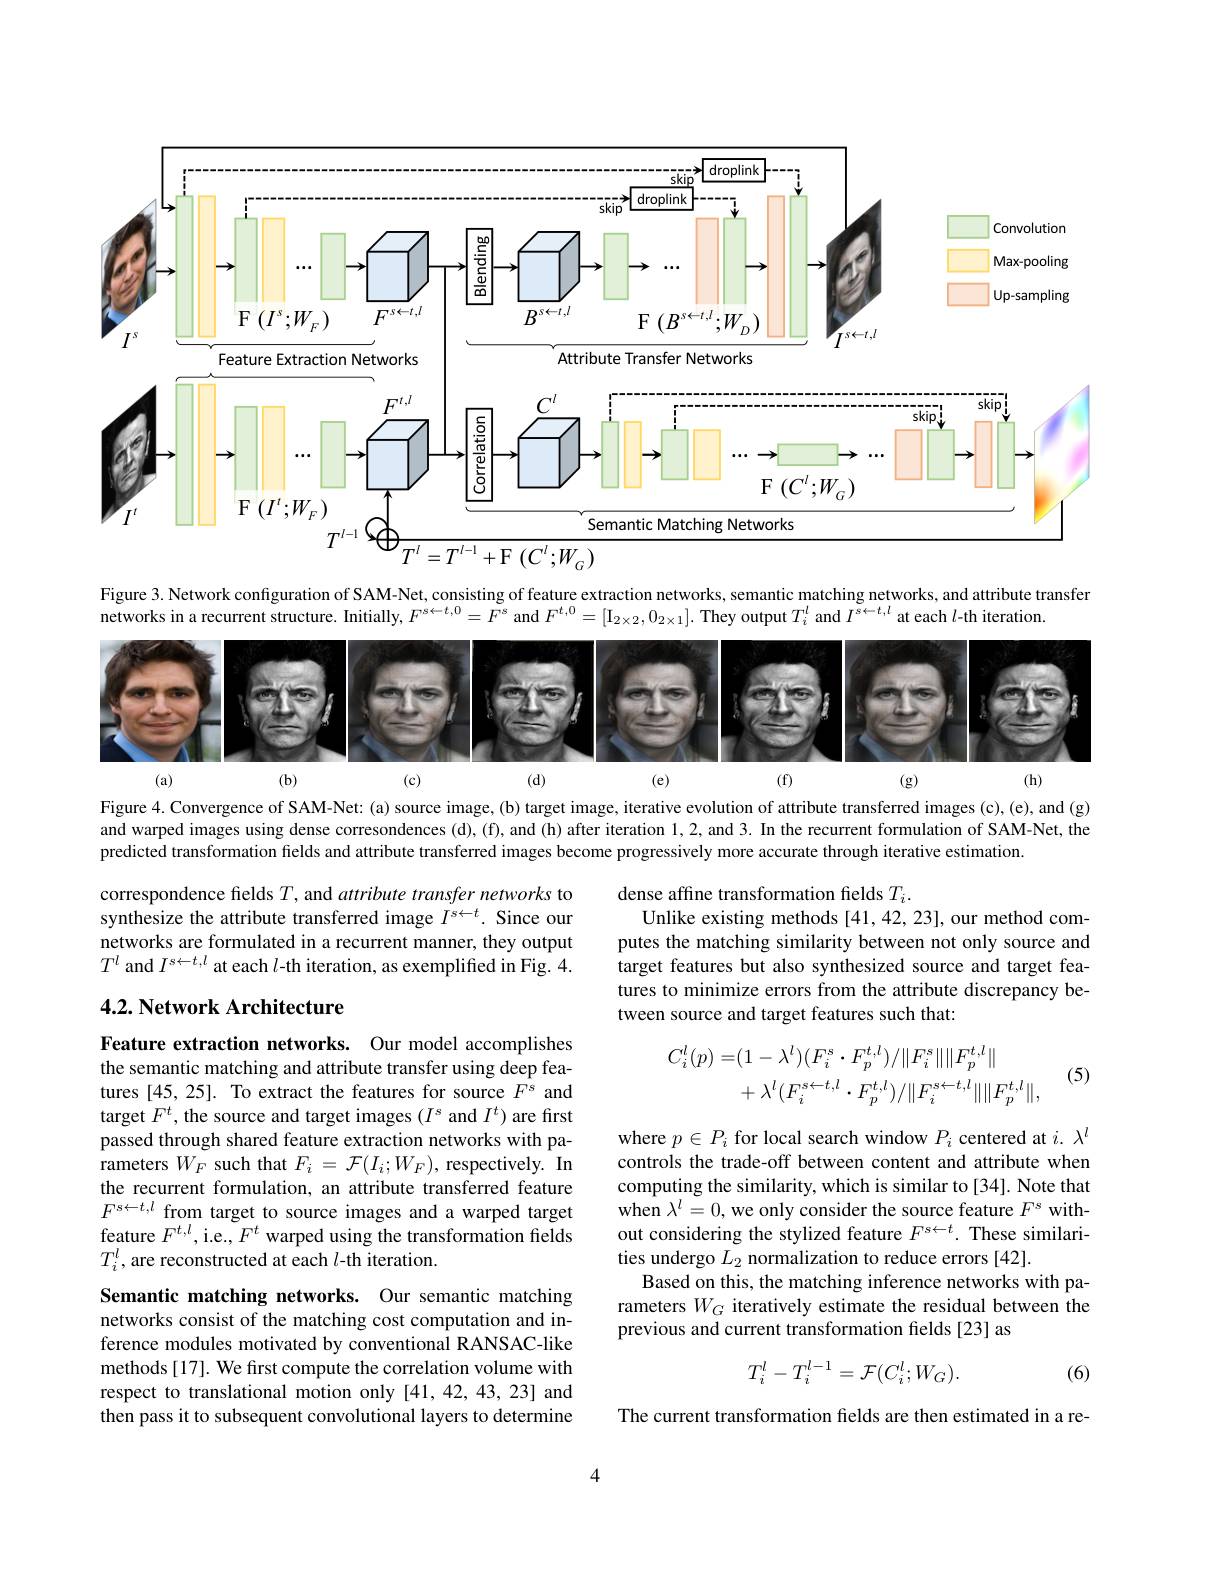
<FigureHere>

Figure 3. Network configuration of SAM-Net, consisting of feature extraction networks, semantic matching networks, and attribute transfer

networks in a recurrent structure. Initially, $F^{s\leftarrow t,0}=F^{s}$ and $F^{t,0}=[\mathrm{I}_{2\times2},0_{2\times1}].$ They output $T_i^l$ and $I^{s\leftarrow t,l}$ at each $l$-th iteration

<FigureHere>

Figure 4. Convergence of SAM-Net: (a) source image, (b) target image, iterative evolution of attribute transferred images (c),(e), and (g) and warped images using dense corresondences (d), (f), and (h) after iteration 1,2, and 3. In the recurrent formulation of SAM-Net, the predicted transformation fields and attribute transferred images become progressively more accurate through iterative estimation

correspondence fields $T$, and attribute transfer networks to synthesize the attribute transferred image $I^{s\leftarrow t}.$ Since our networks are formulated in a recurrent manner, they output $T^l$ and $I^s\leftarrow t,l$ at each $l$-th iteration, as exemplified in Fig. 4.

dense affine transformation fields $T_i.$
Unlike existing methods [41,42,23], our method computes the matching similarity between not only source and target features but also synthesized source and target features to minimize errors from the attribute discrepancy between source and target features such that:

## 4.2. Network Architecture
$$C_{i}^{l}(p)=(1-\lambda^{l})(F_{i}^{s}\cdot F_{p}^{t,l})/\|F_{i}^{s}\|\|F_{p}^{t,l}\|\\+\lambda^{l}(F_{i}^{s\leftarrow t,l}\cdot F_{p}^{t,l})/\|F_{i}^{s\leftarrow t,l}\|\|F_{p}^{t,l}\|,$$
(5)

Feature extraction networks. Our model accomplishes the semantic matching and attribute transfer using deep features [45,25]. To extract the features for source $F^\mathrm{s}$ and target $F^t$, the source and target images $(I^s$ and $I^t)$ are first passed through shared feature extraction networks with parameters $W_F$ such that $F_i=\mathcal{F}(I_i;W_F)$, respectively. In the recurrent formulation, an attribute transferred feature $F^{s\leftarrow t,l}$ from target to source images and a warped target feature $F^{t,l}$,i.e.,$F^t$ warped using the transformation fields $T_{i}^{l}$,are reconstructed at each $l$-th iteration.

where $p\in P_i$ for local search window $P_i$ centered at $i.\lambda^l$ controls the trade-off between content and attribute when computing the similarity, which is similar to[34]. Note that when $\lambda^l=0$, we only consider the source feature $F^s$ without considering the stylized feature $F^{s\leftarrow t}.$ These similarities undergo $L_2$ normalization to reduce errors [42].
Based on this, the matching inference networks with parameters $W_G$ iteratively estimate the residual between the previous and current transformation fields [23] as

Semantic matching networks. Our semantic matching networks consist of the matching cost computation and inference modules motivated by conventional RANSAC-like methods[17]. We first compute the correlation volume with respect to translational motion only [41,42,43,23] and then pass it to subsequent convolutional layers to determine
$$T_i^l-T_i^{l-1}=\mathcal{F}(C_i^l;W_G).$$
(6)

The current transformation fields are then estimated in a re-

4